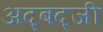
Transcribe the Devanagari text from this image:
अद्बद्जी